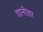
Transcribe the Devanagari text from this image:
डानीडा